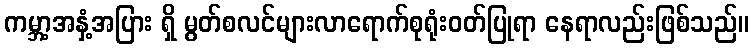
ကမ္ဘာ့အနှံ့အပြား ရှိ မွတ်စလင်များလာရောက်စုရုံးဝတ်ပြုရာ နေရာလည်းဖြစ်သည်။